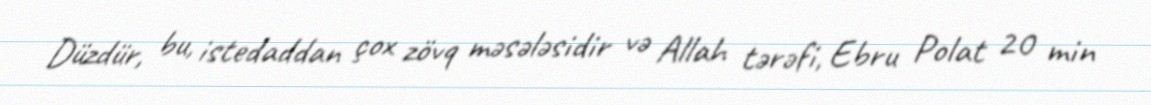
Düzdür, bu, istedaddan çox zövq məsələsidir və Allah tərəfi, Ebru Polat 20 min